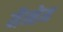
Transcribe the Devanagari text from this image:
मैन्हेम